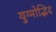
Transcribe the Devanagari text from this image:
युग्मोद्भिद